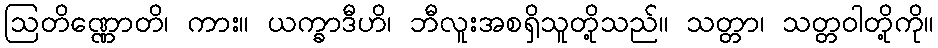
ဩတိဏ္ဏောတိ၊ ကား။ ယက္ခာဒီဟိ၊ ဘီလူးအစရှိသူတို့သည်။ သတ္တာ၊ သတ္တဝါတို့ကို။